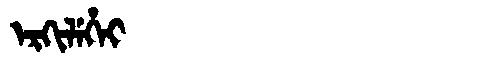
Manchu: ᡝᡵᡴᡳᠯᡝᡥᡝᡳ
Romanization: ERKILEHEI